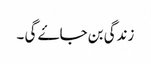
زندگی بن جاۓ گی ۔